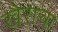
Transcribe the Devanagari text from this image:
खैराचा